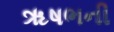
ૠષભની